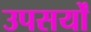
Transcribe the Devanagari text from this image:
उपसर्यों